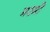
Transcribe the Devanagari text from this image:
मरमी